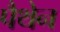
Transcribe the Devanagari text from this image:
पैथेन